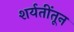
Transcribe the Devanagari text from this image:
शर्यतींतून